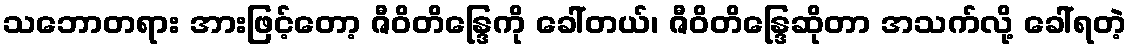
သဘောတရား အားဖြင့်တော့ ဇီဝိတိန္ဒြေကို ခေါ်တယ်၊ ဇီဝိတိန္ဒြေဆိုတာ အသက်လို့ ခေါ်ရတဲ့